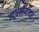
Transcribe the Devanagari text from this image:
ज्यूधर्मीयांवर